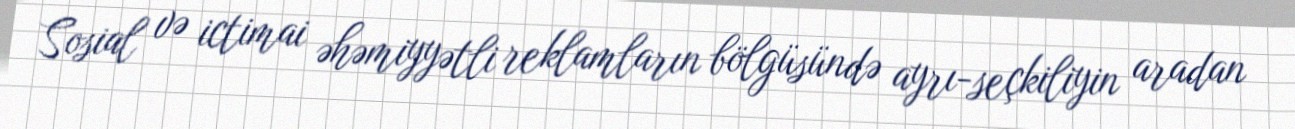
Sosial və ictimai əhəmiyyətli reklamların bölgüsündə ayrı-seçkiliyin aradan